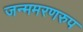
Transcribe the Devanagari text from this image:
जन्ममरणरुप